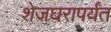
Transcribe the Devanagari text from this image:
शेजघरापर्यंत